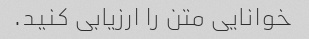
خوانایی متن را ارزیابی کنید.